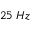
2 5 \; H z